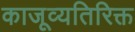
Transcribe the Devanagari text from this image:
काजूव्यतिरिक्त